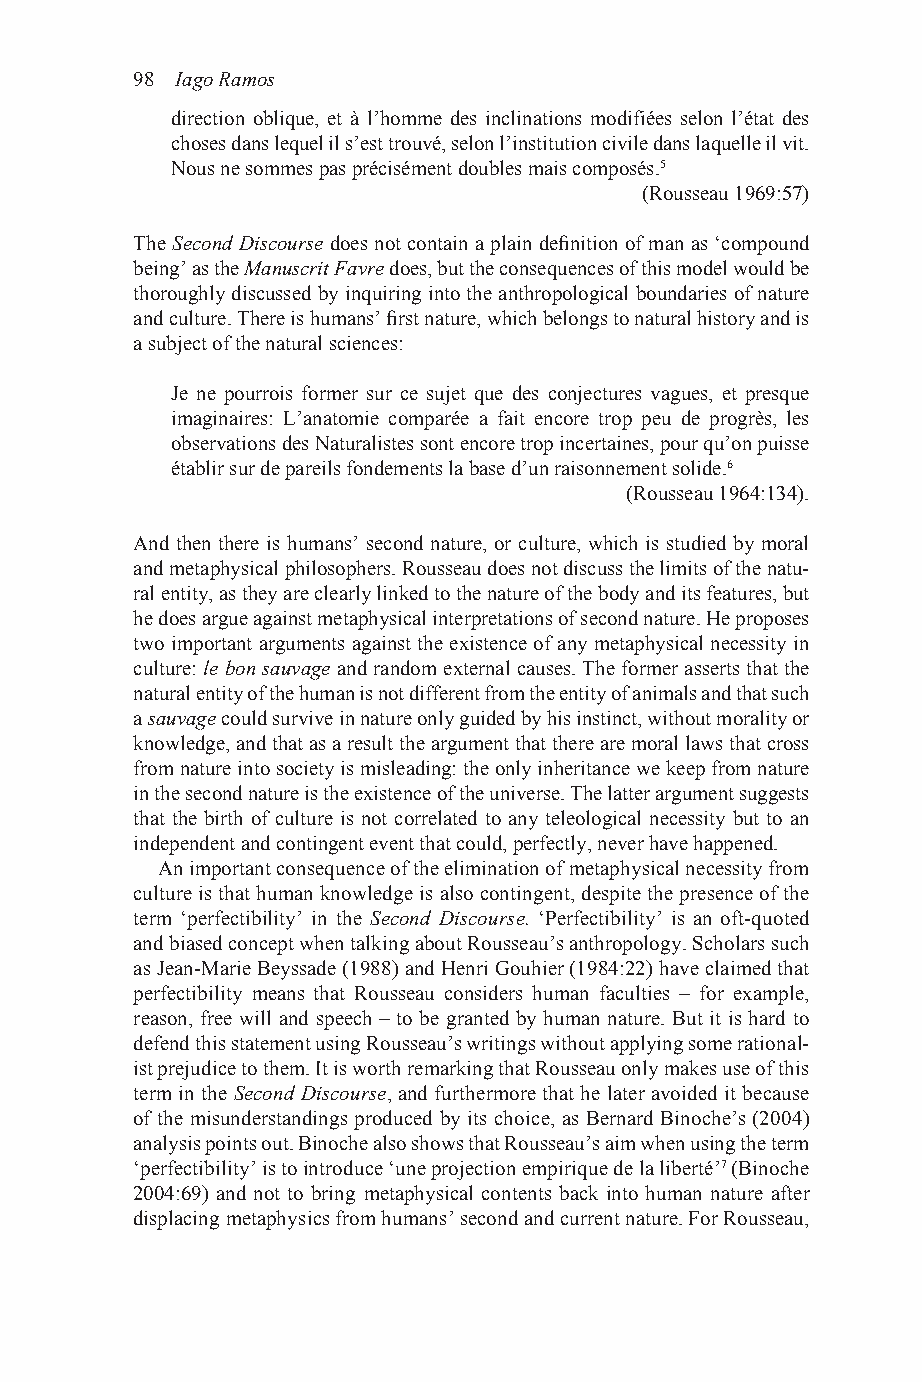
98 Iago Ramos
 direction oblique, et à l’homme des inclinations modifiées selon l’état des
 choses dans lequel il s’est trouvé, selon l’institution civile dans laquelle il vit.
 Nous ne sommes pas précisément doubles mais composés.5
 (Rousseau 1969:57)
 The Second Discourse does not contain a plain definition of man as ‘compound
 being’ as the Manuscrit Favre does, but the consequences of this model would be
 thoroughly discussed by inquiring into the anthropological boundaries of nature
 and culture. There is humans’ first nature, which belongs to natural history and is
 a subject of the natural sciences:
 Je ne pourrois former sur ce sujet que des conjectures vagues, et presque
 imaginaires: L’anatomie comparée a fait encore trop peu de progrès, les
 observations des Naturalistes sont encore trop incertaines, pour qu’on puisse
 établir sur de pareils fondements la base d’un raisonnement solide.6
 (Rousseau 1964:134).
 And then there is humans’ second nature, or culture, which is studied by moral
 and metaphysical philosophers. Rousseau does not discuss the limits of the natu-
 ral entity, as they are clearly linked to the nature of the body and its features, but
 he does argue against metaphysical interpretations of second nature. He proposes
 two important arguments against the existence of any metaphysical necessity in
 culture: le bon sauvage and random external causes. The former asserts that the
 natural entity of the human is not different from the entity of animals and that such
 a sauvage could survive in nature only guided by his instinct, without morality or
 knowledge, and that as a result the argument that there are moral laws that cross
 from nature into society is misleading: the only inheritance we keep from nature
 in the second nature is the existence of the universe. The latter argument suggests
 that the birth of culture is not correlated to any teleological necessity but to an
 independent and contingent event that could, perfectly, never have happened.
 An important consequence of the elimination of metaphysical necessity from
 culture is that human knowledge is also contingent, despite the presence of the
 term ‘perfectibility’ in the Second Discourse. ‘Perfectibility’ is an oft-quoted
 and biased concept when talking about Rousseau’s anthropology. Scholars such
 as Jean-Marie Beyssade (1988) and Henri Gouhier (1984:22) have claimed that
 perfectibility means that Rousseau considers human faculties – for example,
 reason, free will and speech – to be granted by human nature. But it is hard to
 defend this statement using Rousseau’s writings without applying some rational-
 ist prejudice to them. It is worth remarking that Rousseau only makes use of this
 term in the Second Discourse, and furthermore that he later avoided it because
 of the misunderstandings produced by its choice, as Bernard Binoche’s (2004)
 analysis points out. Binoche also shows that Rousseau’s aim when using the term
 ‘perfectibility’ is to introduce ‘une projection empirique de la liberté’7 (Binoche
 2004:69) and not to bring metaphysical contents back into human nature after
 displacing metaphysics from humans’ second and current nature. For Rousseau,